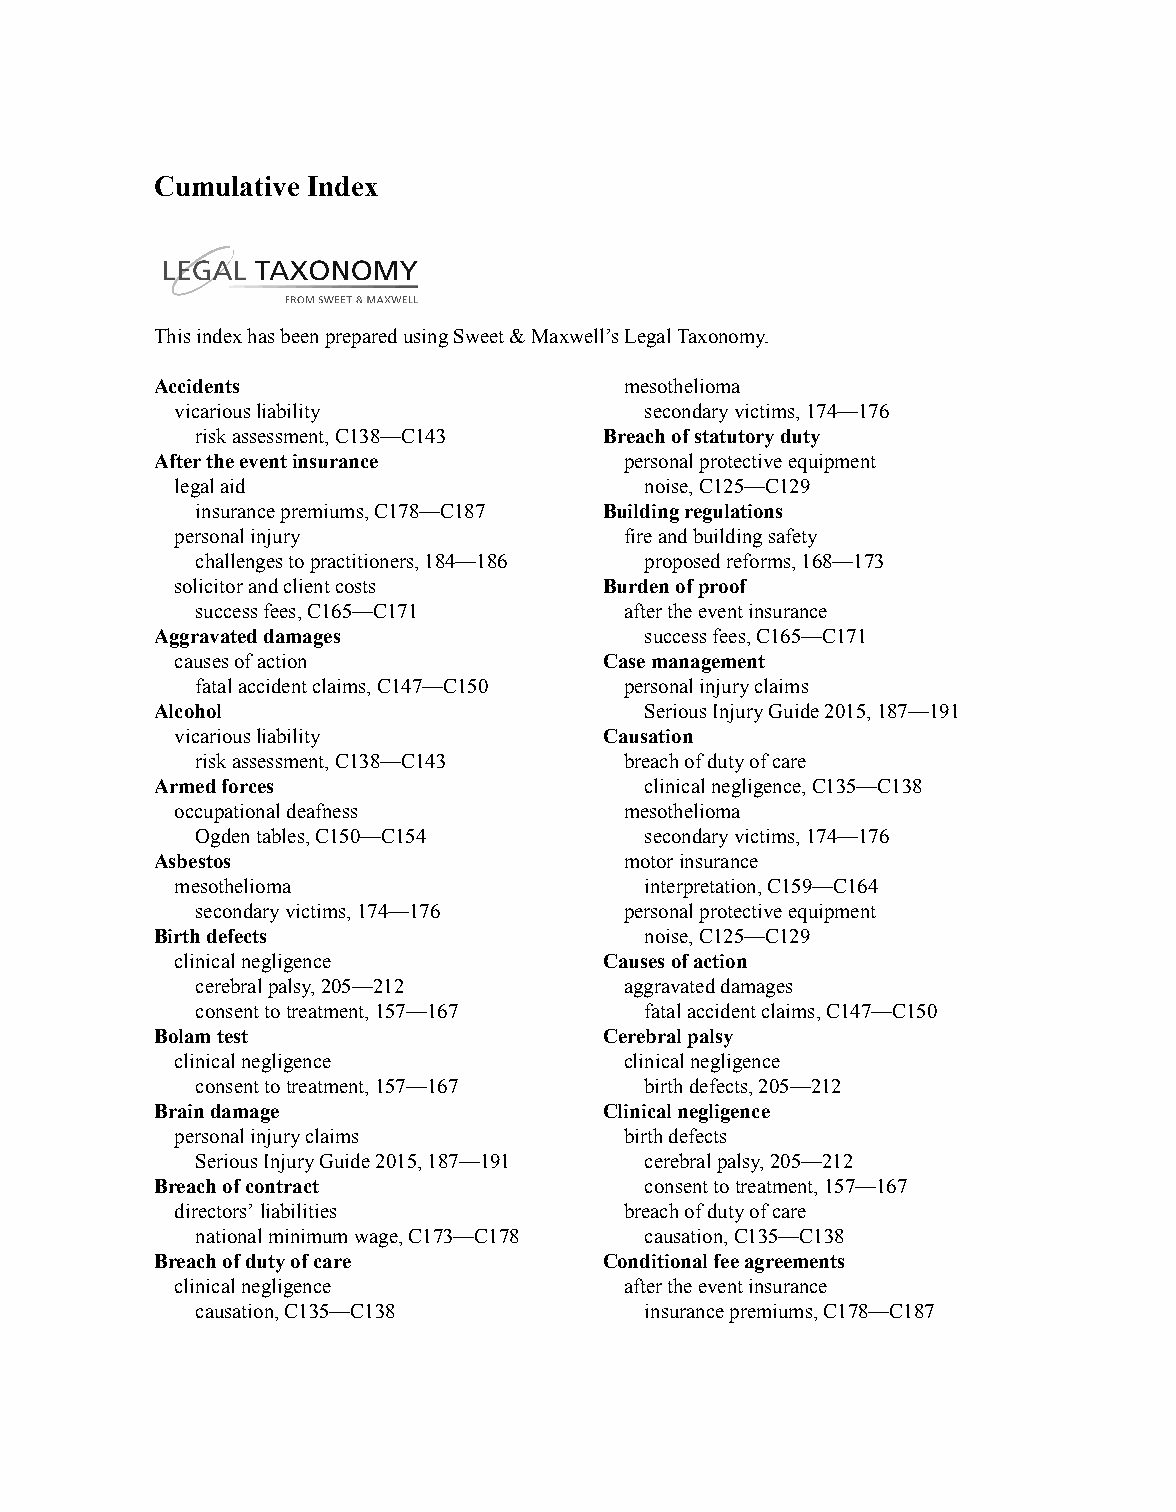
Cumulative Index
 ThisindexhasbeenpreparedusingSweet&Maxwell’sLegalTaxonomy.
 Accidents                      mesothelioma
 vicariousliability             secondaryvictims,174—176
 riskassessment,C138—C143   Breachofstatutoryduty
 Aftertheeventinsurance         personalprotectiveequipment
 legalaid                       noise,C125—C129
 insurancepremiums,C178—C187 Buildingregulations
 personalinjury               fireandbuildingsafety
 challengestopractitioners,184—186 proposedreforms,168—173
 solicitorandclientcosts     Burdenofproof
 successfees,C165—C171       aftertheeventinsurance
 Aggravateddamages                successfees,C165—C171
 causesofaction              Casemanagement
 fatalaccidentclaims,C147—C150 personalinjuryclaims
 Alcohol                          SeriousInjuryGuide2015,187—191
 vicariousliability          Causation
 riskassessment,C138—C143    breachofdutyofcare
 Armedforces                      clinicalnegligence,C135—C138
 occupationaldeafness         mesothelioma
 Ogdentables,C150—C154         secondaryvictims,174—176
 Asbestos                       motorinsurance
 mesothelioma                   interpretation,C159—C164
 secondaryvictims,174—176    personalprotectiveequipment
 Birthdefects                     noise,C125—C129
 clinicalnegligence          Causesofaction
 cerebralpalsy,205—212       aggravateddamages
 consenttotreatment,157—167    fatalaccidentclaims,C147—C150
 Bolamtest                     Cerebralpalsy
 clinicalnegligence           clinicalnegligence
 consenttotreatment,157—167    birthdefects,205—212
 Braindamage                   Clinicalnegligence
 personalinjuryclaims         birthdefects
 SeriousInjuryGuide2015,187—191 cerebralpalsy,205—212
 Breachofcontract                 consenttotreatment,157—167
 directors’liabilities        breachofdutyofcare
 nationalminimumwage,C173—C178 causation,C135—C138
 Breachofdutyofcare            Conditionalfeeagreements
 clinicalnegligence           aftertheeventinsurance
 causation,C135—C138           insurancepremiums,C178—C187